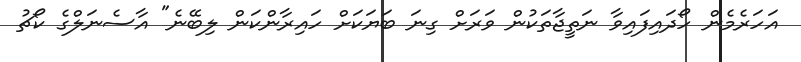
އަހަރެމެން ހޯދައިފައިވާ ނަތީޖާތަކުން ވަރަށް ގިނަ ބަޔަކަށް ހައިރާންކަން ލިބޭނެ" އާސެނަލްގެ ކޯޗު